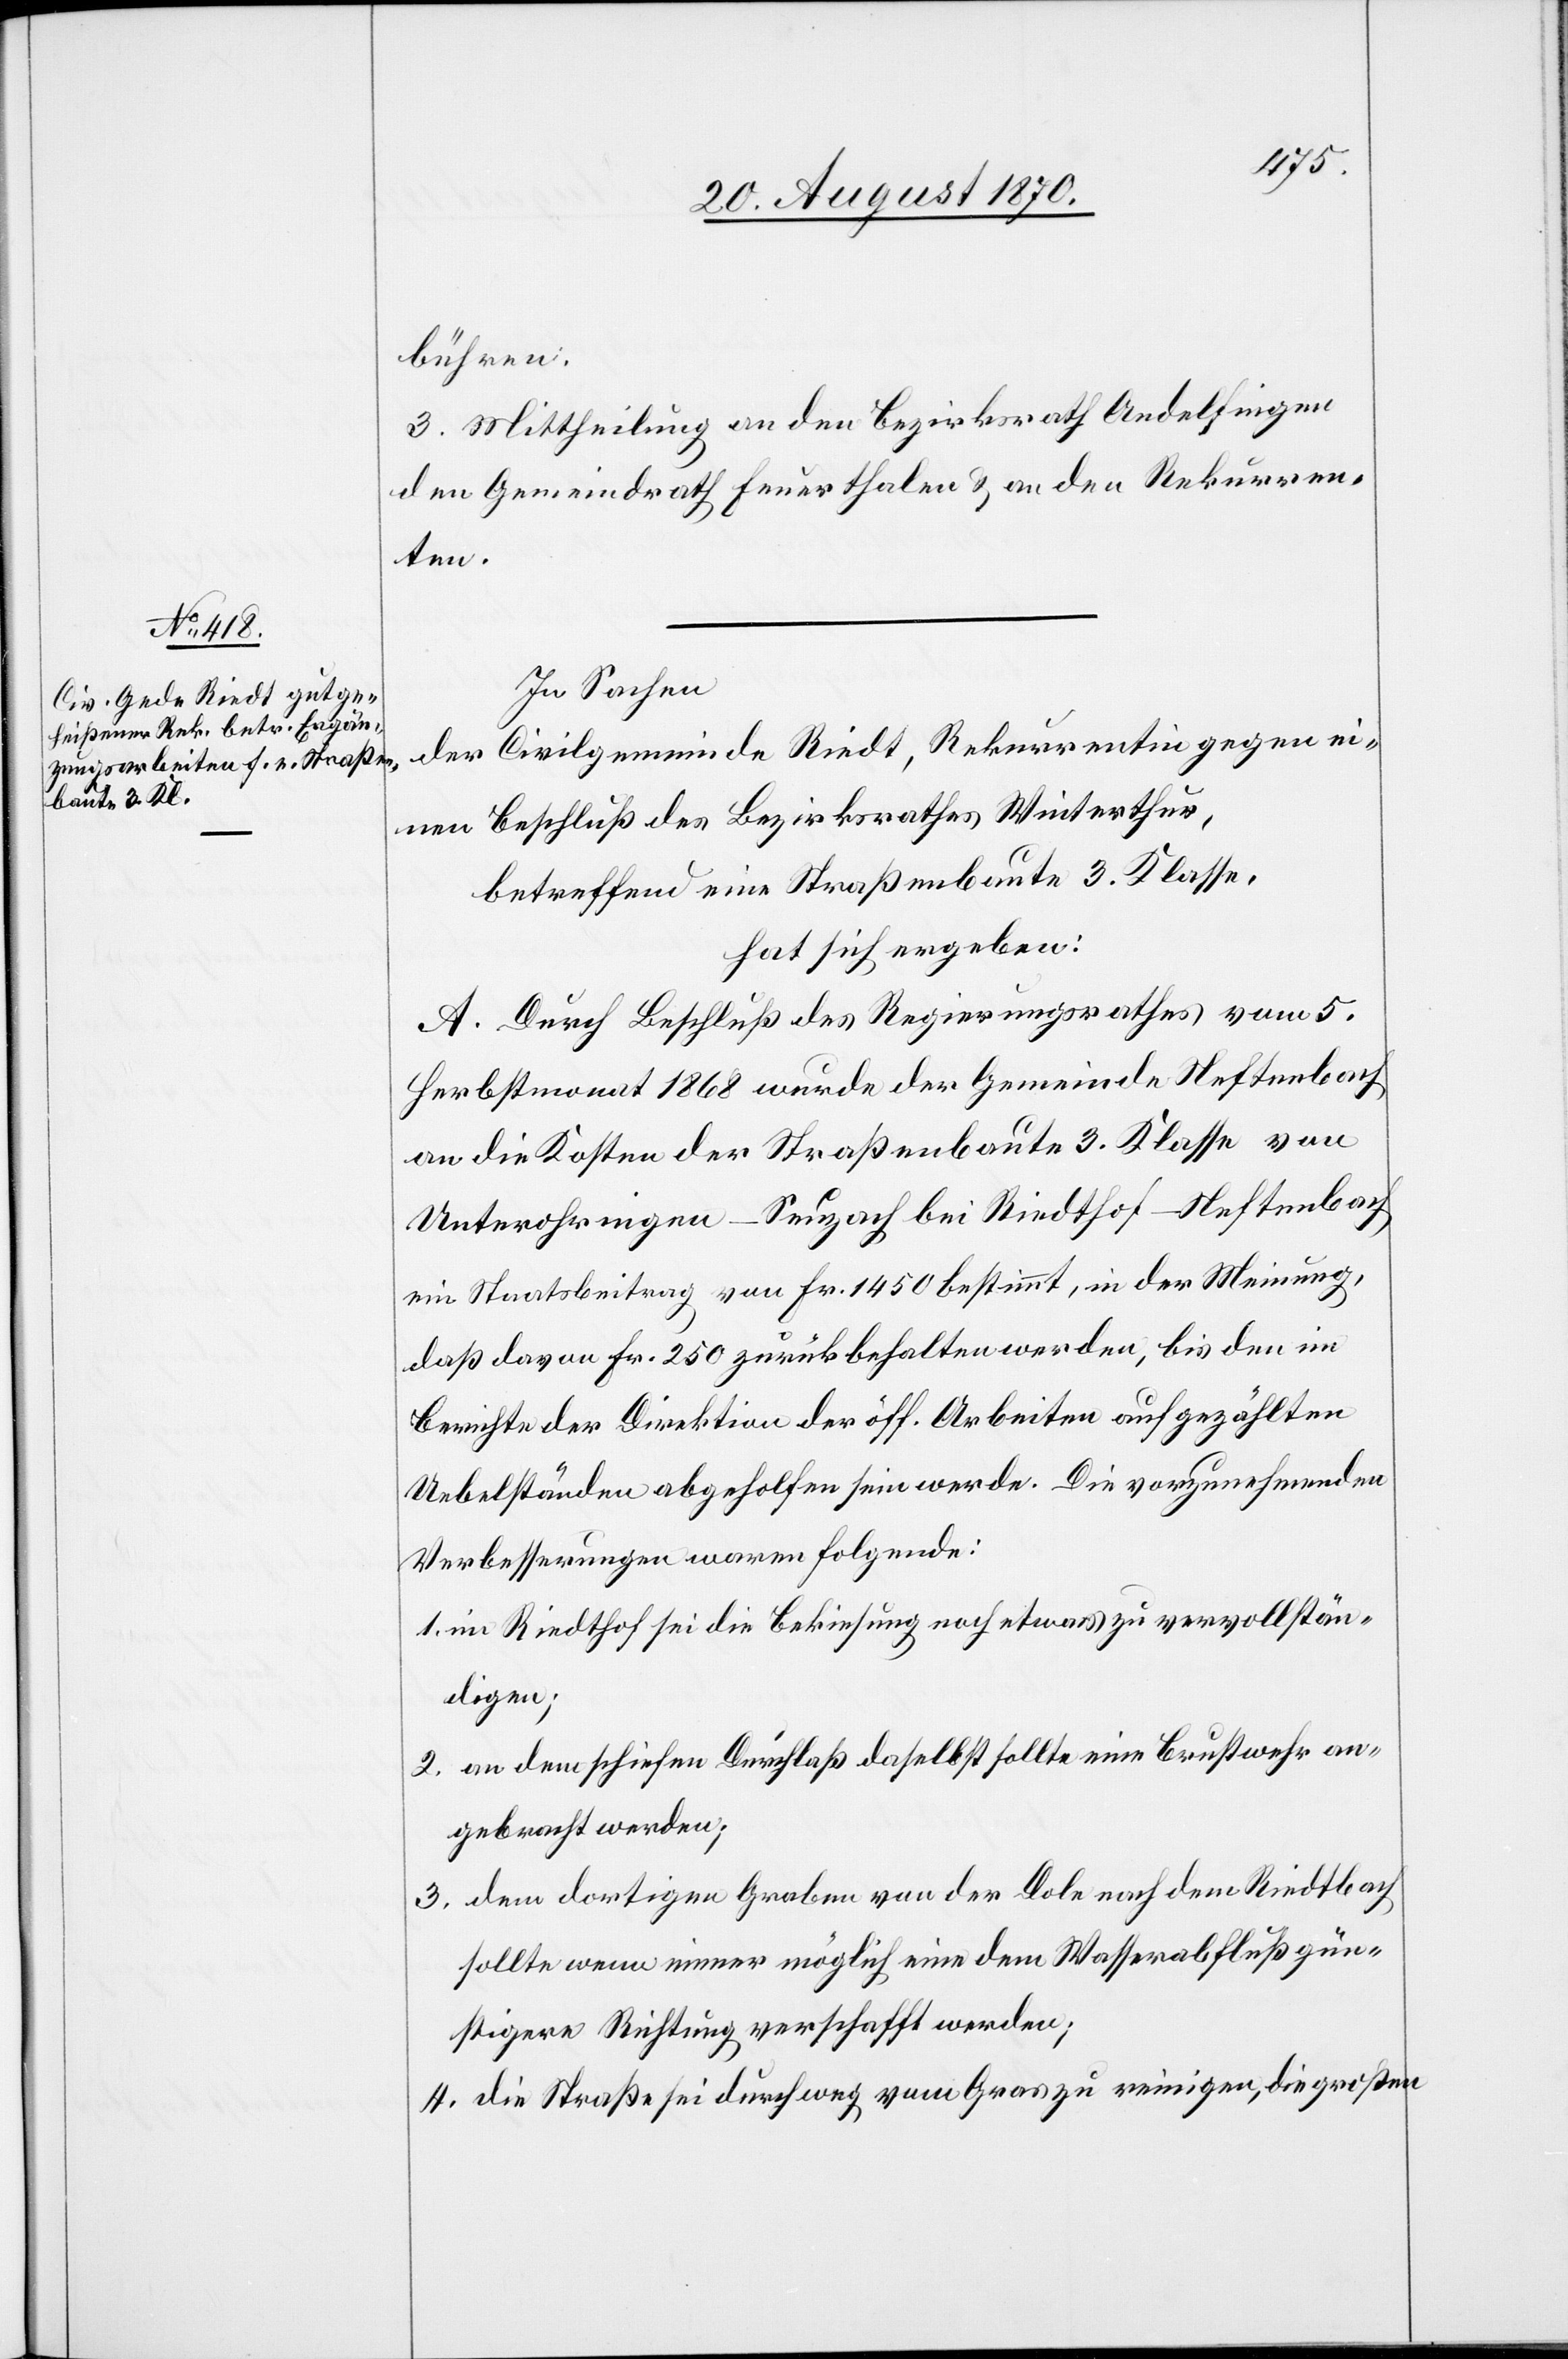
bühren.
3. Mittheilung an den Bezirksrath Andelfingen[,]
den Gemeindrath Feuerthalen & an den Rekurren¬
ten.
In Sachen
der Civilgemeinde Riedt, Rekurrentin gegen ei¬
nen Beschluß des Bezirksrathes Winterthur,
betreffend eine Straßenbaute 3. Klasse,
hat sich ergeben:
A. Durch Beschluß des Regierungsrathes vom 5.
Herbstmonat 1868 wurde der Gemeinde Neftenbach
an die Kosten der Straßenbaute 3. Klasse von
Unterohringen - Seuzach bei Riedthof - Neftenbach
ein Staatsbeitrag vom Fr. 1450 bestimmt, in der Meinung,
daß davon Fr. 250 zurückbehalten werden, bis den im
Berichte der Direktion der öff. Arbeiten aufgezählten
Uebelständen abgeholfen sein werde. Die vorzunehmenden
Verbesserungen waren folgende:
1. im Riedthof sei die Bekiesung noch etwas zu vervollstän¬
digen;
2. an dem schiefen Durchlaß daselbst sollte eine Brustwehr an¬
gebracht werden;
3. dem dortigen Graben von der Dole nach dem Riedtbach
sollte wenn immer möglich eine dem Wasserabfluß gün¬
stigere Richtung verschafft werden;
4. die Straße sei durchweg vom Gras zu reinigen, die großen